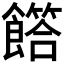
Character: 𩞰